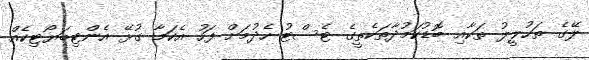
ލޭގެ ތަހުލީލު ތަކާއި ބޮޑުކަމުދާތަކެތީގެ ޓެސްޓު ހެދުމަށް ފަހު އެކަމާ ގުޅޭ އެންޓިބަޔޯޓިކެއް